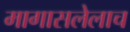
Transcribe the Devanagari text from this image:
मागासलेलाच